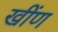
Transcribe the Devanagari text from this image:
खींण